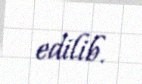
edilib.